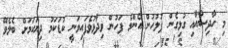
މި ހާދިސާއާއި ގުޅިގެން ފުލުހުން އެންމެ ފަހުން ވިދާޅުވެފައިވަނީ ކުޑަކަމު ދިޔަކަމަށް ބެލެވޭ